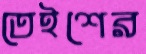
তেইশের